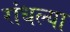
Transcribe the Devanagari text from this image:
रांधल्या